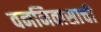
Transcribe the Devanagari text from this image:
वननिवासाची